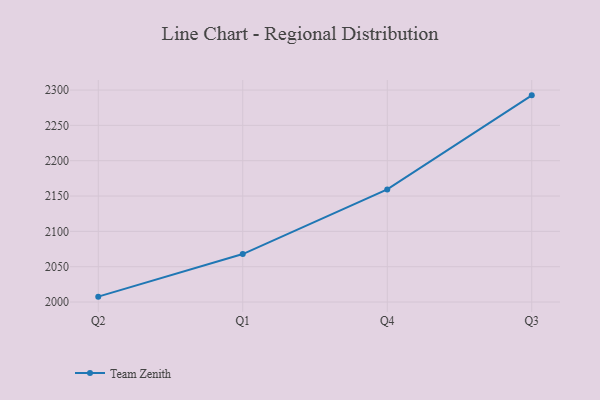
{"axis": {"x": "Quarter", "y": "Market Share (%)"}, "legend": ["Team Zenith"], "data": [{"x": "Q2", "y": 2007.6, "type": "Team Zenith"}, {"x": "Q1", "y": 2067.9, "type": "Team Zenith"}, {"x": "Q4", "y": 2159.3, "type": "Team Zenith"}, {"x": "Q3", "y": 2292.5, "type": "Team Zenith"}]}